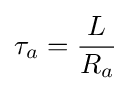
\tau _{a}={L \over R_{a}}